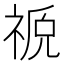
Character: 𫀖